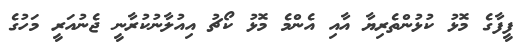
ފީފާގެ މޮޅު ކުޅުންތެރިޔާ އާއި އެންމެ މޮޅު ކޯޗު އިއުލާނުކުރާނީ ޖެނުއަރީ މަހުގެ